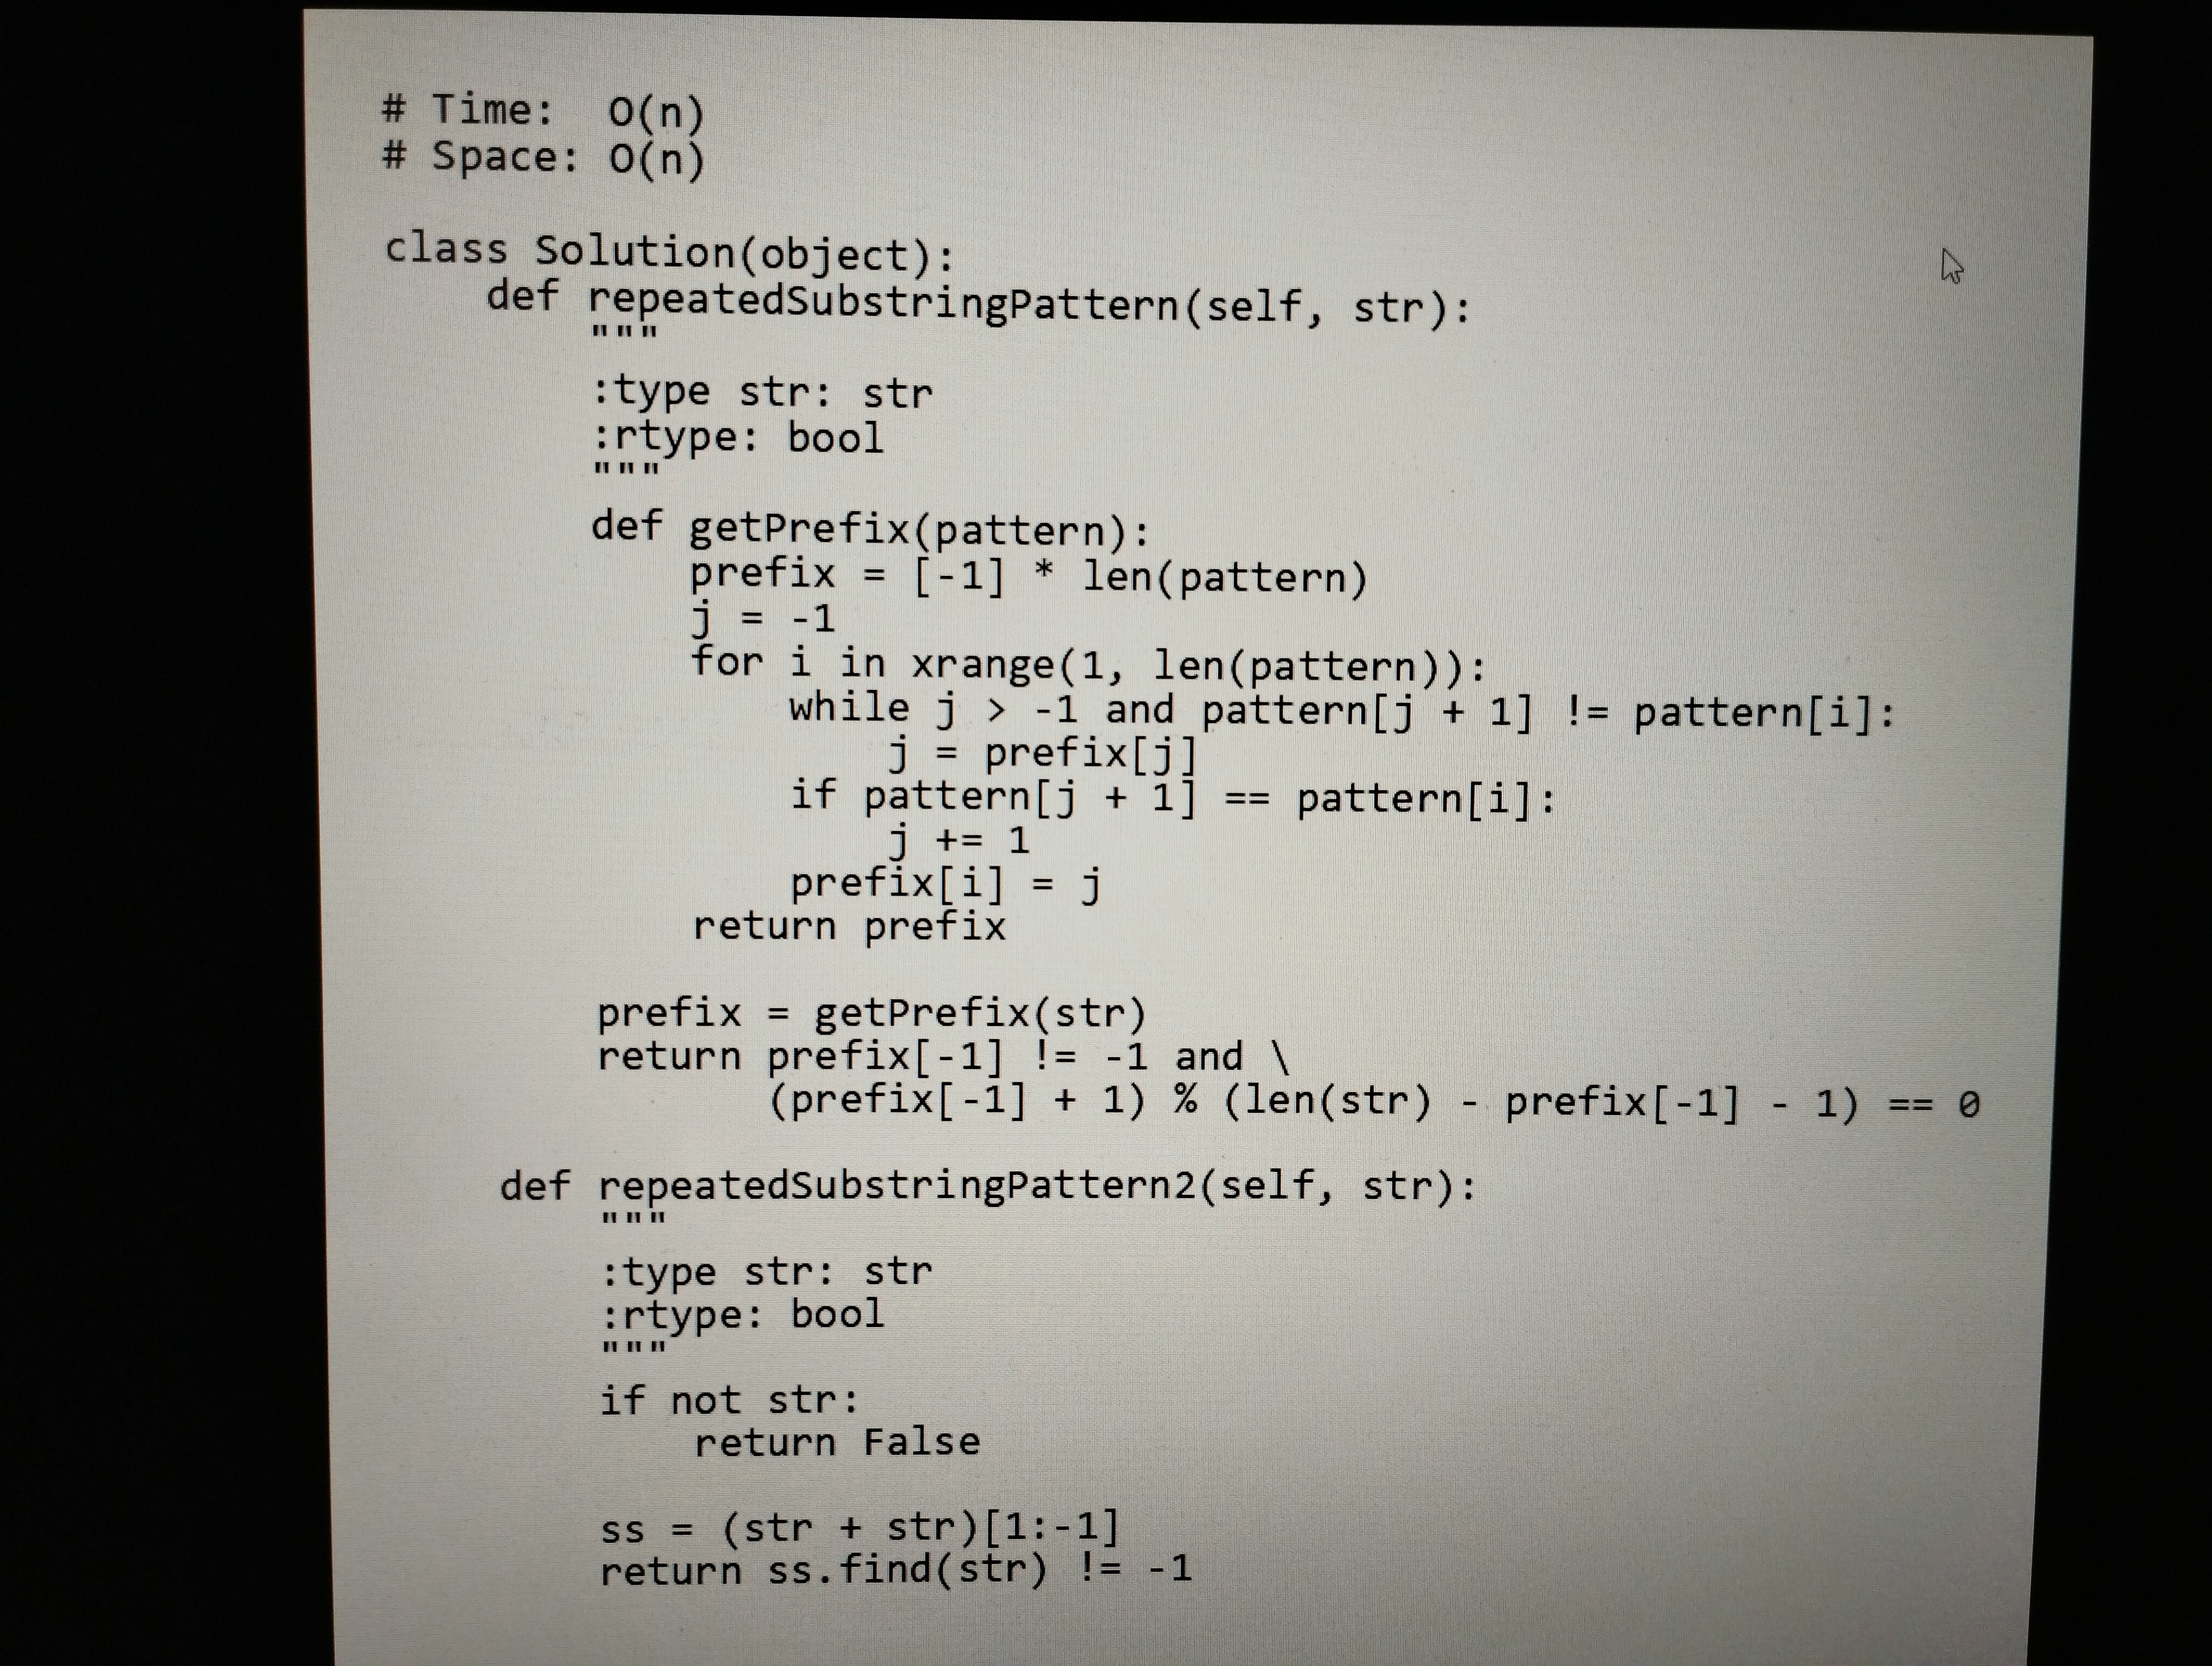
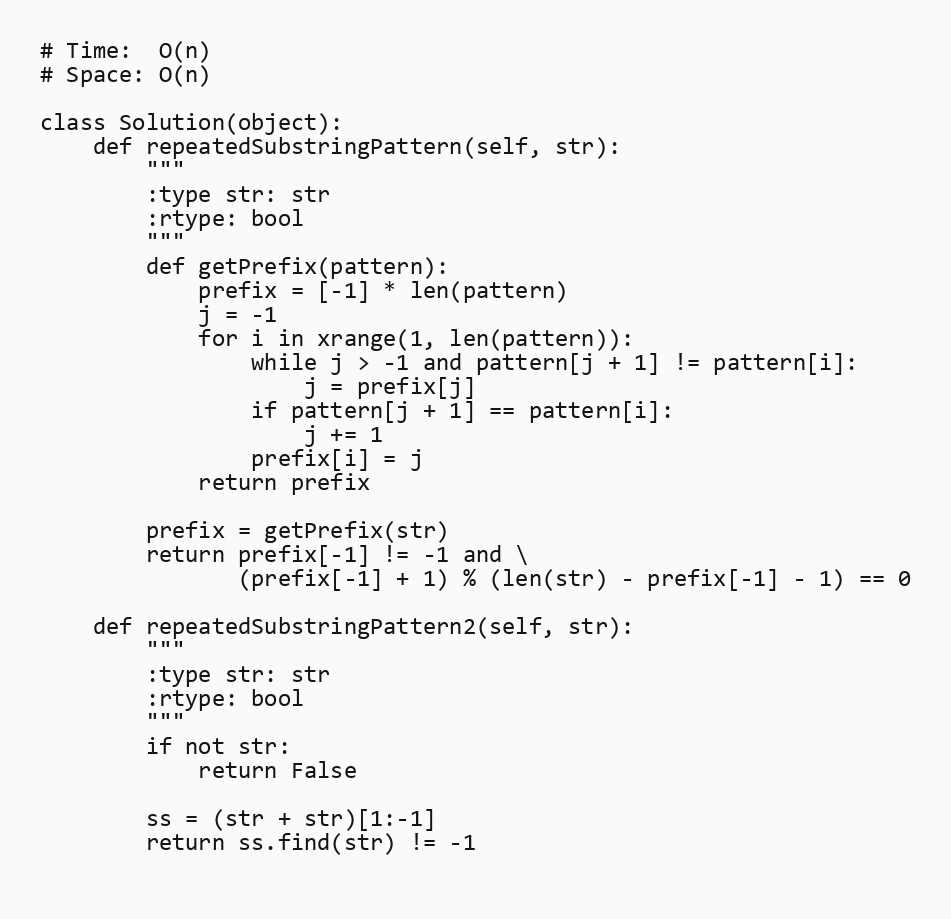
# Time:  O(n)
# Space: O(n)

class Solution(object):
    def repeatedSubstringPattern(self, str):
        """
        :type str: str
        :rtype: bool
        """
        def getPrefix(pattern):
            prefix = [-1] * len(pattern)
            j = -1
            for i in xrange(1, len(pattern)):
                while j > -1 and pattern[j + 1] != pattern[i]:
                    j = prefix[j]
                if pattern[j + 1] == pattern[i]:
                    j += 1
                prefix[i] = j
            return prefix

        prefix = getPrefix(str)
        return prefix[-1] != -1 and \
               (prefix[-1] + 1) % (len(str) - prefix[-1] - 1) == 0

    def repeatedSubstringPattern2(self, str):
        """
        :type str: str
        :rtype: bool
        """
        if not str:
            return False

        ss = (str + str)[1:-1]
        return ss.find(str) != -1